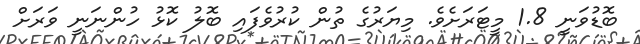
ބޮޑުވަނީ 1.8 މީޓަރަށެވެ. މިޔަރުގެ ތުން ކުރުވެފައި ބޮލު ކޮޅު ހުންނަނީ ވަރަށް